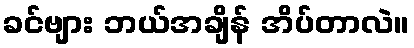
ခင်ဗျား ဘယ်အချိန် အိပ်တာလဲ။